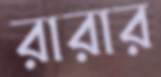
রারার